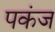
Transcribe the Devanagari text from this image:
पकंज